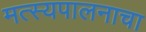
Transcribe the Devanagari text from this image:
मत्स्यपालनाचा